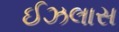
ઈઝલાસ